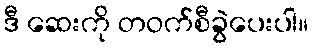
ဒီ ဆေးကို တဝက်စီခွဲပေးပါ။